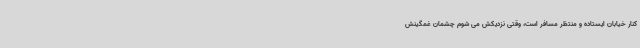
کنار خیابان ایستاده و منتظر مسافر است، وقتی نزدیکش می شوم چشمان غمگینش